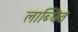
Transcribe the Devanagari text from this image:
लाब्धित